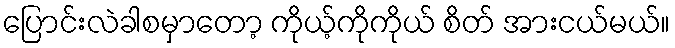
ပြောင်းလဲခါစမှာတော့ ကိုယ့်ကိုကိုယ် စိတ် အားငယ်မယ်။